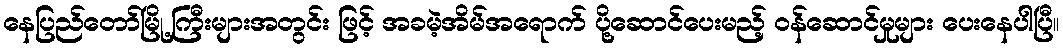
နေပြည်တော်မြို့ကြီးများအတွင်း ဖြင့် အခမဲ့အိမ်အရောက် ပို့ဆောင်ပေးမည့် ဝန်ဆောင်မှုများ ပေးနေပါပြီ။